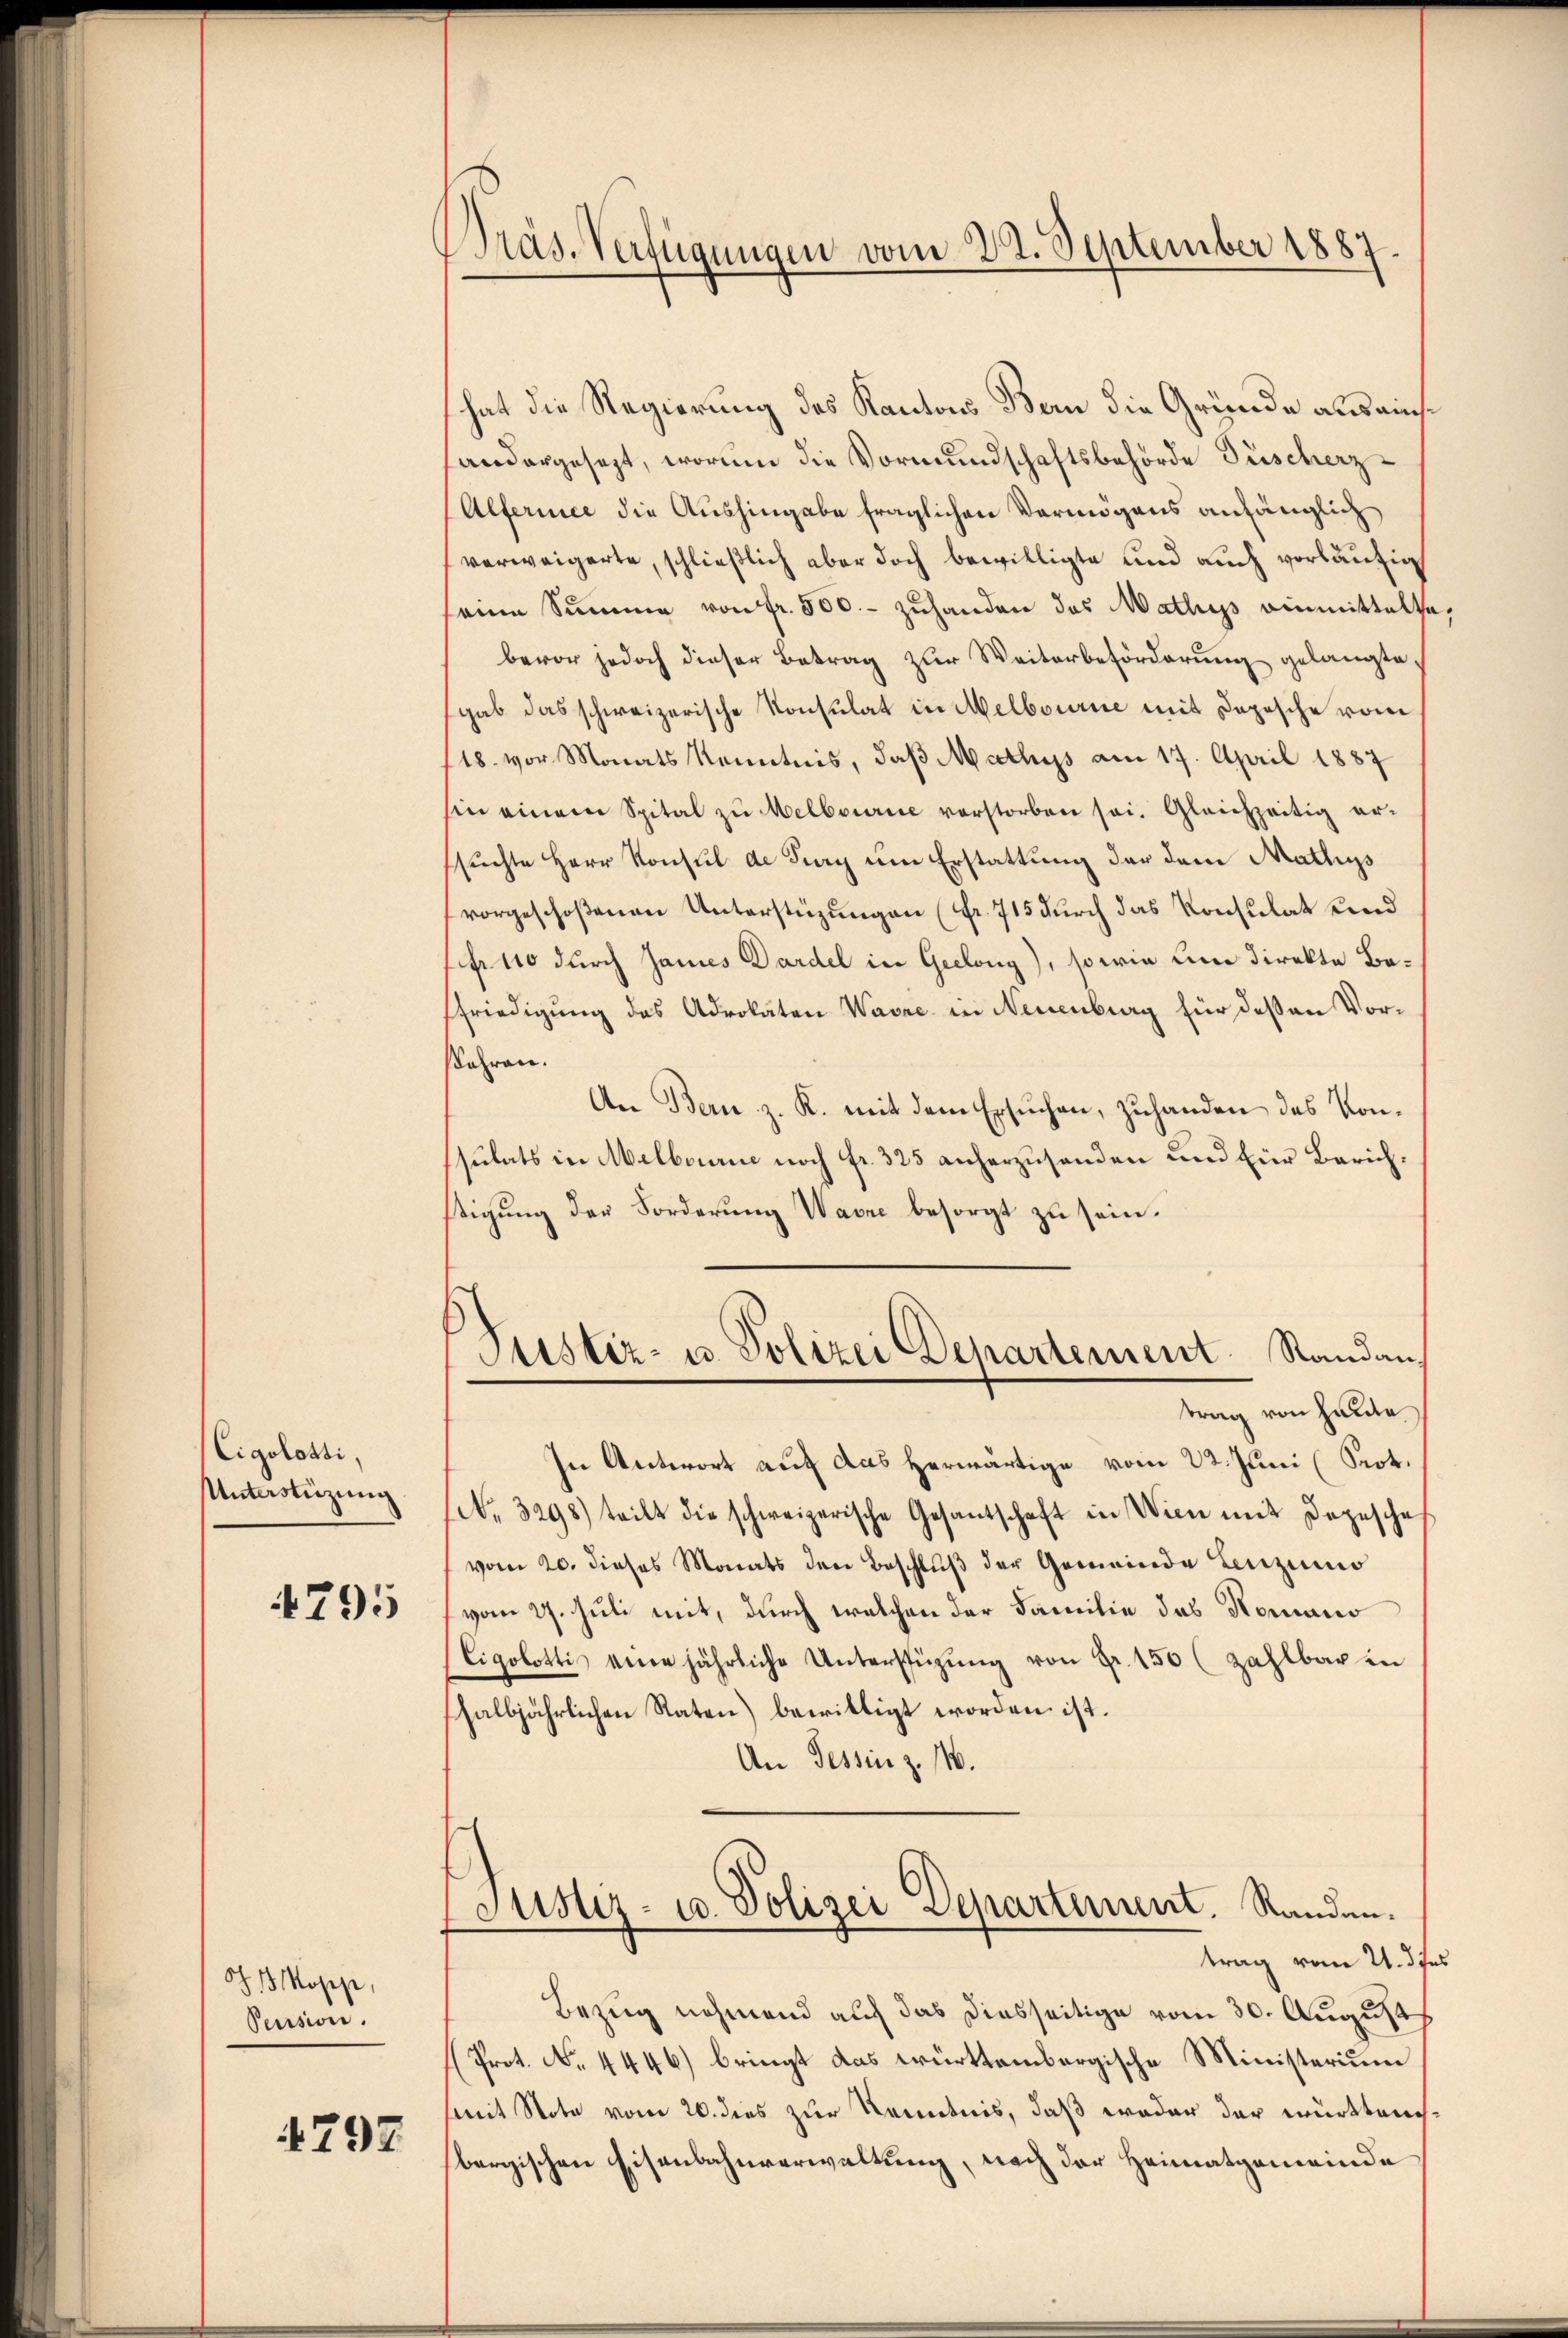
Cigolotti,
Unterstüzung

4795

J Kopp,
Pession.

4797

Präs. Verfügungen vom 22. September 1887.

hat die Regierung des Kantons Bern die Gründe aus einshandergesezt, worinn die Vormundschaftsbehörde Buscherz¬
Alferiee die Aushingabe fraglichen Vermögens anhänglich
verweigerte, schließlich aber doch bewilligte und auch vorläufig
seine Summe von fr. 500.- zuhanden das Mathys einmittelte
bevor jedoch dieser Betrag zur Weiterbeförderung gelangte
gab das schweizerische Konsulat in Melbourne mit Depesche vom
118. vor Monats Kenntnis, daß Mathys am 17. April 1887
sin einem Spital zŭ Melbourie verstorben sei. Gleichzeitig er-
suchte Herr Konsul de Tury um Erstattung der dem Mathys
vorgeschoßenen Unterstüzungen (Fr. 715 durch das Konsulat und
ff. 110 durch James Dardel in Geelong), so wie um direkte Befriedigung des Advokaten Wavre in Neuenburg für deßen Vor¬
Jahren.
An Bern z. K. mit dem Ersuchen, zuhanden des Konssulats in Melbourie noch fr. 325 anherzusenden und für Zürichstigung der Forderung Wavre besorgt zu sein.
.
Justiz- u. Polizei Departement. Standan
trag von Häute
In Antwort auf das herwärtige vom 22. Juni (Prot.
(No. 3298) teilt die schweizerische Gesantschaft in Wien mit Depesche
vom 20. dieses Monats den Beschlŭβ der Gemeinde Lenzins
vom 27. Juli mit, durch welchen der Familie das Romano
Eigobotti eine jährliche Unterstüzung von Fr. 150 (zahlbar in
halbjährlichen Raten) bewilligt worden ist.
An Tessin z. 116.
Justiz- u. Polizei Departement. Randen.
trag vom 21. d. Js.
Bezug nehmend auf das diesseitige vom 30. August
Prot. No. 4446) bringt das württembergische Ministerium
Mit Note vom 20. dies zur Kenntnis, daß weder der württembergischen Eisenbahnverwaltung, nach der Heimatgemeinde